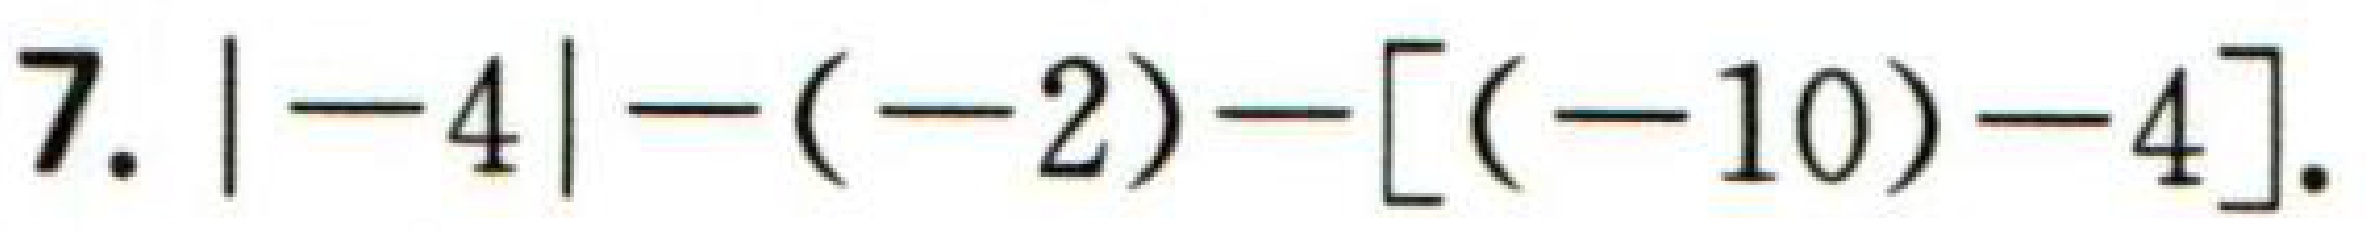
$7.| - 4| - (-2)-[(-10)-4].$